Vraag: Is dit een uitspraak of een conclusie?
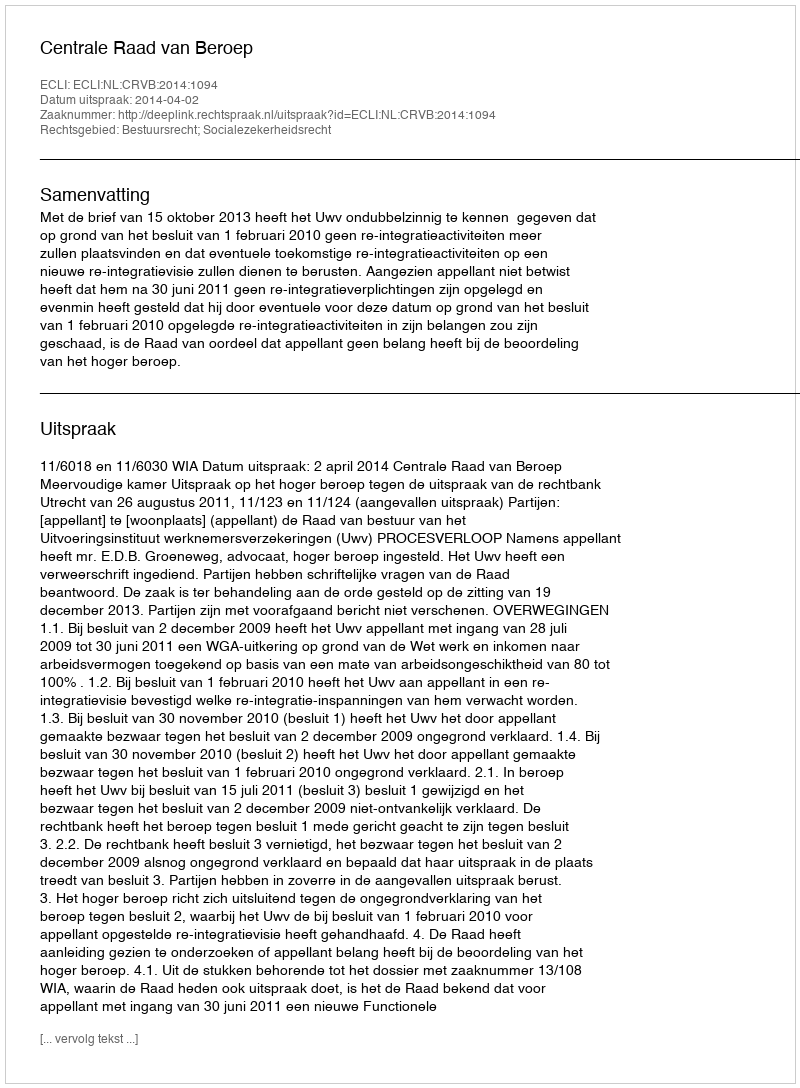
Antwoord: Uitspraak